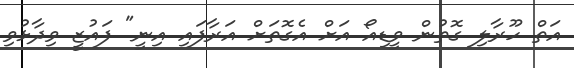
އަތް ހޫރާލި ގޮތުން ވީޑިއޯ އަށް އެގޮތަށް އަރާފައި އިނީ" ފައުޒީ ވިދާޅުވި